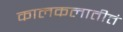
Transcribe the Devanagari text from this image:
कालकलातीतं